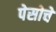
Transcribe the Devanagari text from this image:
पेसोचे